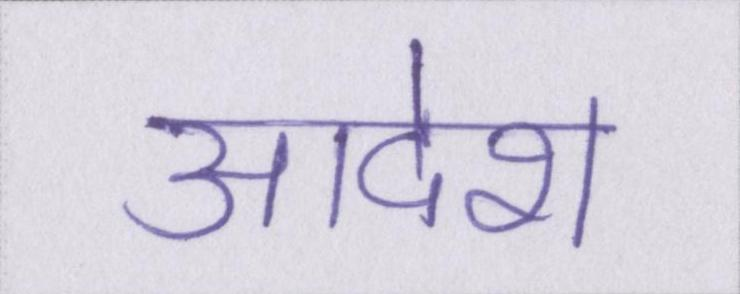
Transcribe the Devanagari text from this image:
आदेश